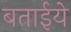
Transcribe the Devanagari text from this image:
बताईये